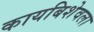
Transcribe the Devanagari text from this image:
कायबिशेवला